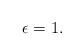
LaTeX: \begin{align*}\epsilon =1. \end{align*}